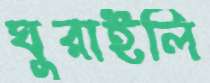
ঘুরাইলি